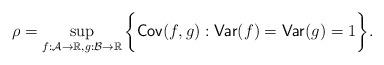
LaTeX: \begin{align*}~\rho = \sup_{{f: \mathcal{A} \rightarrow \mathbb{R}, g: \mathcal{B} \rightarrow \mathbb{R} } } \bigg\{ \mathsf{Cov}(f,g) : \mathsf{Var}(f) = \mathsf{Var}(g)=1 \bigg\}.\end{align*}